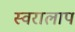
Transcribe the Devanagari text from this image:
स्वरालाप